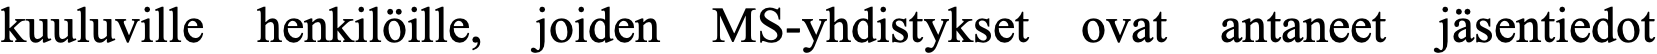
kuuluville henkilöille, joiden MS-yhdistykset ovat antaneet jäsentiedot